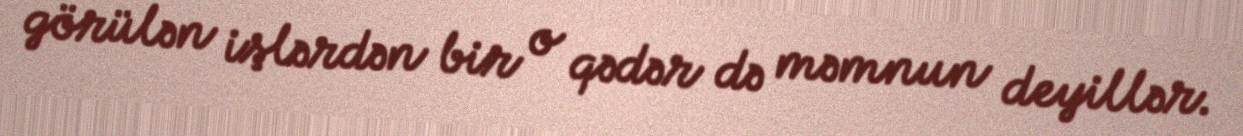
görülən işlərdən bir o qədər də məmnun deyillər.